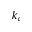
k _ { c }